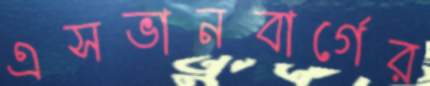
এসভানবার্গের